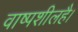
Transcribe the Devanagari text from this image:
वाष्पशीलहै।